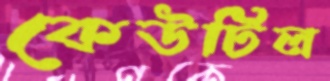
কেউটিল